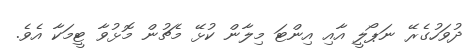
ދުވަހުގެރޭ ނަޕޯލީ އާއި އިންޓަ މިލާން ކުޅޭ މެޗުން މޮޅުވާ ޓީމަކާ އެވެ.